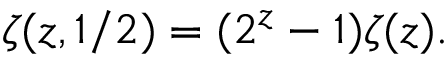
\zeta ( z , 1 / 2 ) = ( 2 ^ { z } - 1 ) \zeta ( z ) .